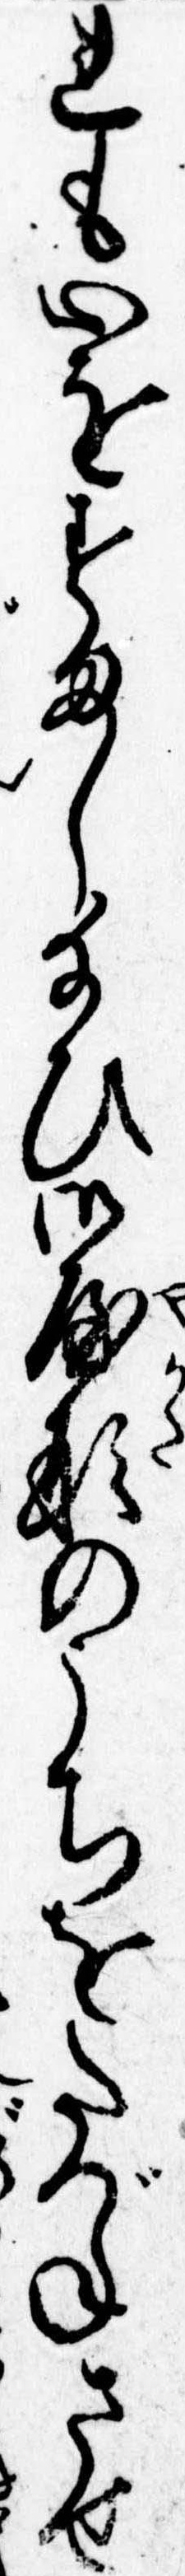
れも心をすまし給ひ御屋形のうちをたづねさせ